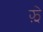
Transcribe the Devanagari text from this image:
झ़े